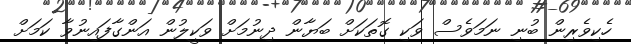
ހެކިވެރިން ބުނި ނަމަވެސް ވަކި ގޮތަކަށް ބަޔާން ދިނުމަށް ވަކީލުން އަންގާފައިނުވާ ކަމަށް